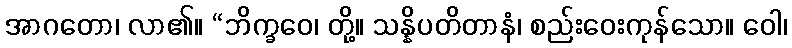
အာဂတော၊ လာ၏။ “ဘိက္ခဝေ၊ တို့။ သန္နိပတိတာနံ၊ စည်းဝေးကုန်သော။ ဝေါ၊